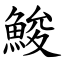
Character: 鮻